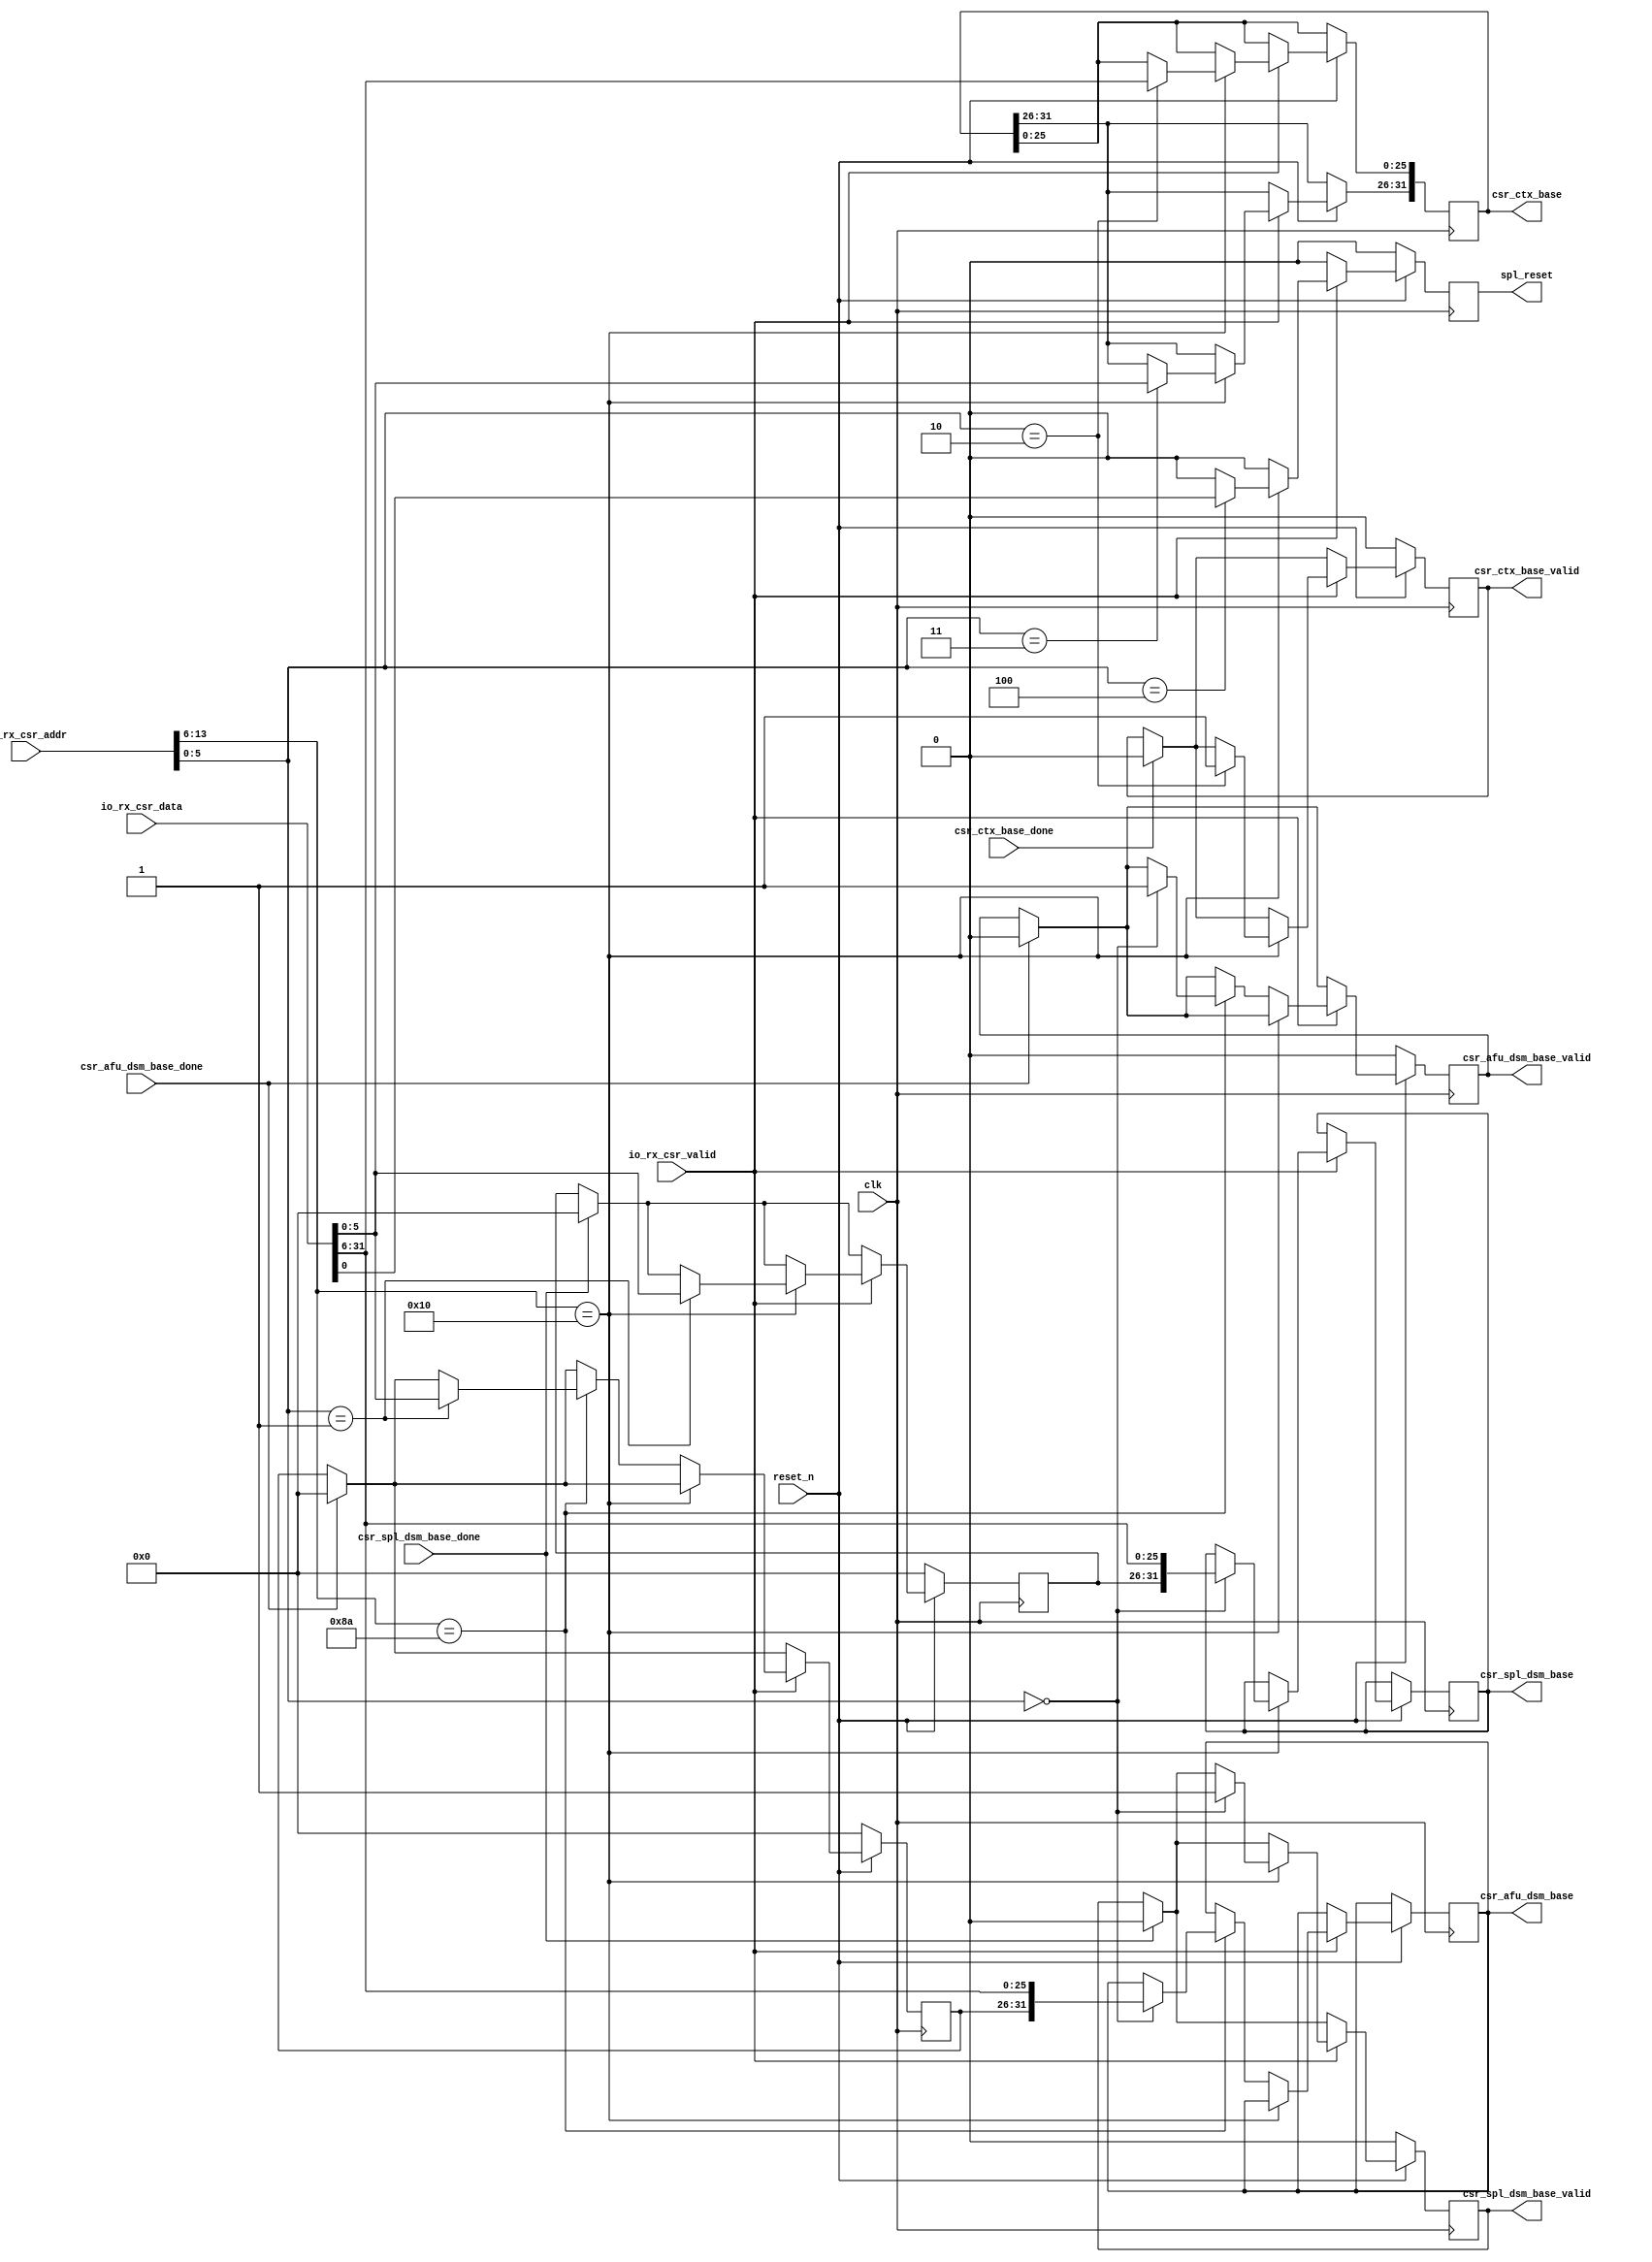
// Copyright (c) 2013-2015, Intel Corporation
//
// Redistribution and use in source and binary forms, with or without
// modification, are permitted provided that the following conditions are met:
//
// * Redistributions of source code must retain the above copyright notice,
// this list of conditions and the following disclaimer.
// * Redistributions in binary form must reproduce the above copyright notice,
// this list of conditions and the following disclaimer in the documentation
// and/or other materials provided with the distribution.
// * Neither the name of Intel Corporation nor the names of its contributors
// may be used to endorse or promote products derived from this software
// without specific prior written permission.
//
// THIS SOFTWARE IS PROVIDED BY THE COPYRIGHT HOLDERS AND CONTRIBUTORS "AS IS"
// AND ANY EXPRESS OR IMPLIED WARRANTIES, INCLUDING, BUT NOT LIMITED TO, THE
// IMPLIED WARRANTIES OF MERCHANTABILITY AND FITNESS FOR A PARTICULAR PURPOSE
// ARE DISCLAIMED. IN NO EVENT SHALL THE COPYRIGHT OWNER OR CONTRIBUTORS BE
// LIABLE FOR ANY DIRECT, INDIRECT, INCIDENTAL, SPECIAL, EXEMPLARY, OR
// CONSEQUENTIAL DAMAGES (INCLUDING, BUT NOT LIMITED TO, PROCUREMENT OF
// SUBSTITUTE GOODS OR SERVICES; LOSS OF USE, DATA, OR PROFITS; OR BUSINESS
// INTERRUPTION) HOWEVER CAUSED AND ON ANY THEORY OF LIABILITY, WHETHER IN
// CONTRACT, STRICT LIABILITY, OR TORT (INCLUDING NEGLIGENCE OR OTHERWISE)
// ARISING IN ANY WAY OUT OF THE USE OF THIS SOFTWARE, EVEN IF ADVISED OF THE
// POSSIBILITY OF SUCH DAMAGE.


module csr_file(
    input  wire                             clk,
    input  wire                             reset_n,
    output wire                             spl_reset, 
 
    // csr_file --> dsm_module, spl_id, afu_id   
    output reg                              csr_spl_dsm_base_valid,
    output reg  [31:0]                      csr_spl_dsm_base,
    input  wire                             csr_spl_dsm_base_done,

    output reg                              csr_afu_dsm_base_valid,
    output reg  [31:0]                      csr_afu_dsm_base,
    input  wire                             csr_afu_dsm_base_done,
    
    // csr_file --> ctx_tracker, FPGA virtual memory space 
    output reg                              csr_ctx_base_valid,
    output reg  [31:0]                      csr_ctx_base,
    input  wire                             csr_ctx_base_done,
        
    // server_io --> csr_file
    input  wire                             io_rx_csr_valid,
    input  wire [13:0]                      io_rx_csr_addr,
    input  wire [31:0]                      io_rx_csr_data
);


    localparam [5:0]
        SPL_CSR_DSR_BASEL          = 6'b00_0000,   // 1000  //10'h244,      // 910
        SPL_CSR_DSR_BASEH          = 6'b00_0001,   // 1004  //10'h245,      // 914
        SPL_CSR_CTX_BASELL         = 6'b00_0010,   // 1008  //10'h246,      // 918
        SPL_CSR_CTX_BASELH         = 6'b00_0011,   // 100c  //10'h247;      // 91c   
        SPL_CSR_CTRL               = 6'b00_0100,   // 1010  //10'h248,      // 920     
        SPL_CSR_SCRATCH            = 6'b11_1111;   //10'h27f,      // 9fc
        
    localparam [5:0]
        AFU_CSR_DSR_BASEL          = 6'b00_0000,   //10'h280,      // a00
        AFU_CSR_DSR_BASEH          = 6'b00_0001,   //10'h281,      // a04
        AFU_CSR_CTX_BASEL          = 6'b00_0010,   //10'h282,      // a08
        AFU_CSR_CTX_BASEH          = 6'b00_0011,   //10'h283,      // a0c  
        AFU_CSR_SCRATCH            = 6'b11_1111,   //10'h2bf;      // afc 
        AFU_CSR_CMD_OPCODE         = 6'b00_1111; 
                
                      
    
    reg  [5:0]                     spl_dsr_base_hi;
    reg  [5:0]                     afu_dsr_base_hi;
    reg                            csr_reset = 0;
    reg                            csr_enable = 0;
    
    assign spl_reset  = csr_reset;
    //--------------------------------------------------------------------
    // RX - spl_csr<--spl_io                 
    //--------------------------------------------------------------------
    always @(posedge clk) begin
        if (~reset_n) begin
            csr_spl_dsm_base_valid <= 1'b0;
            csr_afu_dsm_base_valid <= 1'b0;
            csr_ctx_base_valid     <= 1'b0;

            spl_dsr_base_hi        <= 0;
            afu_dsr_base_hi        <= 0;

            csr_reset              <= 0;
            csr_enable             <= 0;
        end 
        
        else begin             
            csr_reset     <= 1'b0;   
            csr_enable    <= 0;

            if ( csr_ctx_base_done )      csr_ctx_base_valid     <= 1'b0;
            if ( csr_spl_dsm_base_done )  csr_spl_dsm_base_valid <= 1'b0;  
            if ( csr_afu_dsm_base_done )  csr_afu_dsm_base_valid <= 1'b0; 

            if ( csr_spl_dsm_base_done )  spl_dsr_base_hi        <= 0;  
            if ( csr_afu_dsm_base_done )  afu_dsr_base_hi        <= 0;                
                                               
            if (io_rx_csr_valid) begin
                if (io_rx_csr_addr[13:6] == 8'h10) begin
                    case (io_rx_csr_addr[5:0]) 
                        SPL_CSR_DSR_BASEH : begin                
                            spl_dsr_base_hi <= io_rx_csr_data[5:0];                                                         
                        end

                        SPL_CSR_DSR_BASEL : begin                
                            csr_spl_dsm_base_valid <= 1'b1;
                            csr_spl_dsm_base       <= {spl_dsr_base_hi, io_rx_csr_data[31:6]};                           
                        end

                        SPL_CSR_CTX_BASELH : begin                
                            csr_ctx_base[31:26] <= io_rx_csr_data[5:0];                          
                        end

                        SPL_CSR_CTX_BASELL : begin                
                            csr_ctx_base[25:0] <= io_rx_csr_data[31:6];                            
                            csr_ctx_base_valid <= 1'b1;
                        end
                        
                        SPL_CSR_CTRL : begin                
                            csr_reset  <= io_rx_csr_data[0];
                            csr_enable <= io_rx_csr_data[1];
                        end  								
                    endcase
                end
                
                else if (io_rx_csr_addr[13:6] == 8'h8a) begin
                    case (io_rx_csr_addr[5:0]) 
                        AFU_CSR_DSR_BASEH : begin                
                            afu_dsr_base_hi <= io_rx_csr_data[5:0];                               
                        end

                        AFU_CSR_DSR_BASEL : begin                
                            csr_afu_dsm_base_valid <= 1'b1;                            
                            csr_afu_dsm_base       <= {afu_dsr_base_hi, io_rx_csr_data[31:6]};                                            
                        end 
                    endcase
                end
            end
        end
    end // rx csr                

endmodule